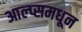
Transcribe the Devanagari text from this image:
आल्प्समधून